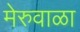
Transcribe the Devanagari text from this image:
मेरुवाळा